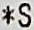
*S